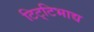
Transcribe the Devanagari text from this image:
टिट्‌टिभाद्य